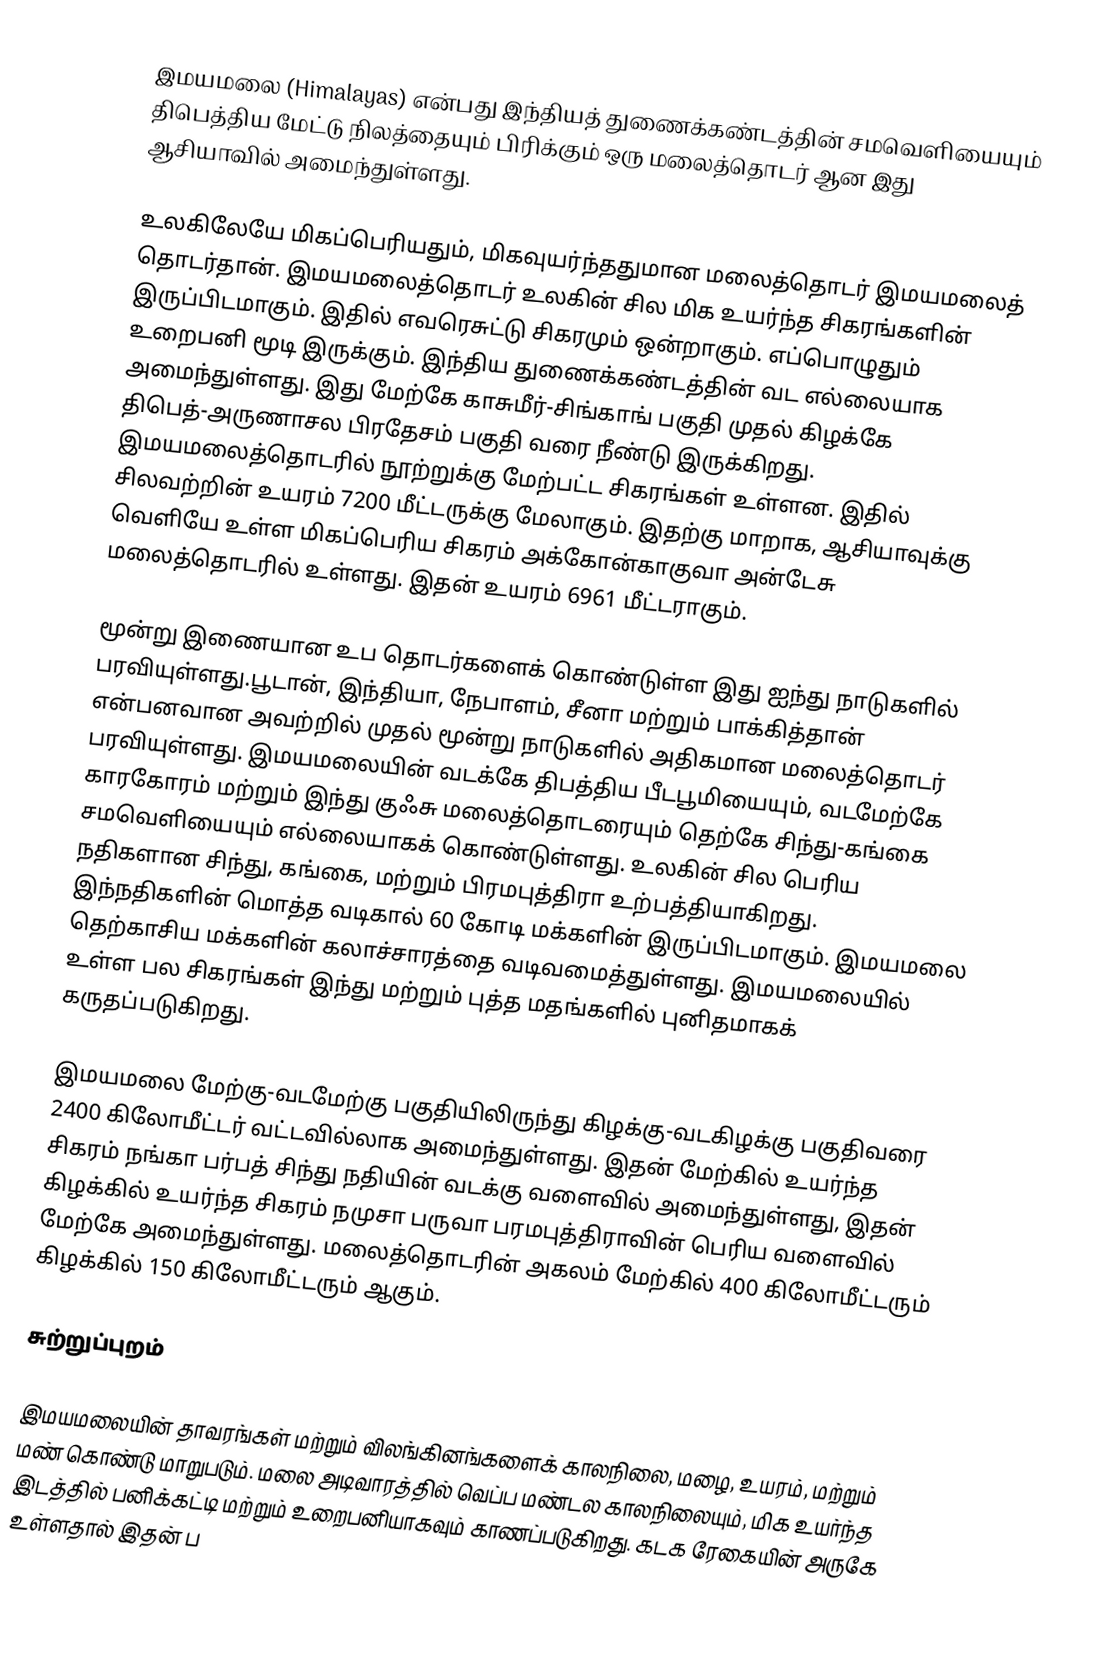
இமயமலை (Himalayas) என்பது இந்தியத் துணைக்கண்டத்தின் சமவெளியையும் திபெத்திய மேட்டு நிலத்தையும் பிரிக்கும் ஒரு மலைத்தொடர் ஆன இது ஆசியாவில் அமைந்துள்ளது.

உலகிலேயே மிகப்பெரியதும், மிகவுயர்ந்ததுமான மலைத்தொடர் இமயமலைத் தொடர்தான். இமயமலைத்தொடர் உலகின் சில மிக உயர்ந்த சிகரங்களின் இருப்பிடமாகும். இதில் எவரெசுட்டு சிகரமும் ஒன்றாகும். எப்பொழுதும் உறைபனி மூடி இருக்கும். இந்திய துணைக்கண்டத்தின் வட எல்லையாக அமைந்துள்ளது. இது மேற்கே காசுமீர்-சிங்காங் பகுதி முதல் கிழக்கே திபெத்-அருணாசல பிரதேசம் பகுதி வரை நீண்டு இருக்கிறது. இமயமலைத்தொடரில் நூற்றுக்கு மேற்பட்ட சிகரங்கள் உள்ளன. இதில் சிலவற்றின் உயரம் 7200 மீட்டருக்கு மேலாகும். இதற்கு மாறாக, ஆசியாவுக்கு வெளியே உள்ள மிகப்பெரிய சிகரம் அக்கோன்காகுவா அன்டேசு மலைத்தொடரில் உள்ளது. இதன் உயரம் 6961 மீட்டராகும்.

மூன்று இணையான உப தொடர்களைக் கொண்டுள்ள இது ஐந்து நாடுகளில் பரவியுள்ளது.பூடான், இந்தியா, நேபாளம், சீனா மற்றும் பாக்கித்தான் என்பனவான அவற்றில் முதல் மூன்று நாடுகளில் அதிகமான மலைத்தொடர் பரவியுள்ளது. இமயமலையின் வடக்கே திபத்திய பீடபூமியையும், வடமேற்கே காரகோரம் மற்றும் இந்து குஃசு மலைத்தொடரையும் தெற்கே சிந்து-கங்கை சமவெளியையும் எல்லையாகக் கொண்டுள்ளது. உலகின் சில பெரிய நதிகளான சிந்து, கங்கை, மற்றும் பிரமபுத்திரா உற்பத்தியாகிறது. இந்நதிகளின் மொத்த வடிகால் 60 கோடி மக்களின் இருப்பிடமாகும். இமயமலை தெற்காசிய மக்களின் கலாச்சாரத்தை வடிவமைத்துள்ளது. இமயமலையில் உள்ள பல சிகரங்கள் இந்து மற்றும் புத்த மதங்களில் புனிதமாகக் கருதப்படுகிறது.

இமயமலை மேற்கு-வடமேற்கு பகுதியிலிருந்து கிழக்கு-வடகிழக்கு பகுதிவரை 2400 கிலோமீட்டர் வட்டவில்லாக அமைந்துள்ளது. இதன் மேற்கில் உயர்ந்த சிகரம் நங்கா பர்பத் சிந்து நதியின் வடக்கு வளைவில் அமைந்துள்ளது, இதன் கிழக்கில் உயர்ந்த சிகரம் நமுசா பருவா பரமபுத்திராவின் பெரிய வளைவில் மேற்கே அமைந்துள்ளது. மலைத்தொடரின் அகலம் மேற்கில் 400 கிலோமீட்டரும் கிழக்கில் 150 கிலோமீட்டரும் ஆகும்.

சுற்றுப்புறம்

இமயமலையின் தாவரங்கள் மற்றும் விலங்கினங்களைக் காலநிலை, மழை, உயரம், மற்றும் மண் கொண்டு மாறுபடும். மலை அடிவாரத்தில் வெப்ப மண்டல காலநிலையும், மிக உயர்ந்த இடத்தில் பனிக்கட்டி மற்றும் உறைபனியாகவும் காணப்படுகிறது. கடக ரேகையின் அருகே உள்ளதால் இதன் ப